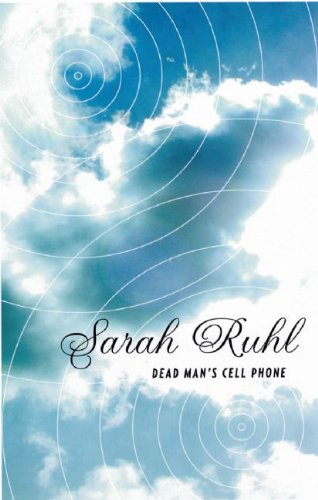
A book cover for Dead Man's Cell Phone (TCG Edition); Sarah Ruhl; Literature & Fiction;